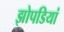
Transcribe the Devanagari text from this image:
झोपडियां